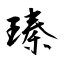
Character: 瑧